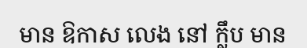
មាន ឱកាស លេង នៅ ក្លឹប មាន